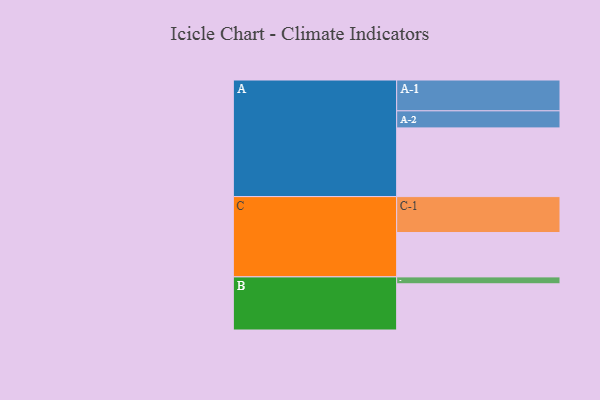
{"axis": {"x": "Segment", "y": "Value"}, "legend": ["", "A", "B", "C"], "data": [{"x": "A", "y": 568, "type": ""}, {"x": "B", "y": 382, "type": ""}, {"x": "C", "y": 367, "type": ""}, {"x": "A-1", "y": 255, "type": "A"}, {"x": "A-2", "y": 141, "type": "A"}, {"x": "B-1", "y": 57, "type": "B"}, {"x": "C-1", "y": 297, "type": "C"}]}